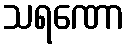
သရဏော